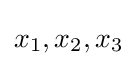
x_{1},x_{2},x_{3}